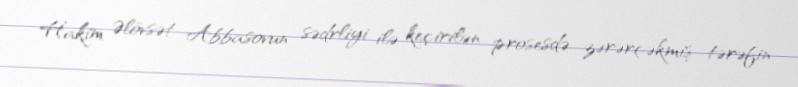
Hakim Əlövsət Abbasovun sədrliyi ilə keçirilən prosesdə zərərçəkmiş tərəfin